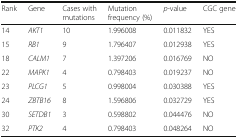
<table><thead><tr><td><b>Rank</b></td><td><b>Gene</b></td><td><b>Cases with mutations</b></td><td><b>Mutation frequency (%)</b></td><td><b><i>p</i>-value</b></td><td><b>CGC gene</b></td></tr></thead><tbody><tr><td>14</td><td><i>AKT1</i></td><td>10</td><td>1.996008</td><td>0.011832</td><td>YES</td></tr><tr><td>15</td><td><i>RB1</i></td><td>9</td><td>1.796407</td><td>0.012938</td><td>YES</td></tr><tr><td>18</td><td><i>CALM1</i></td><td>7</td><td>1.397206</td><td>0.016769</td><td>NO</td></tr><tr><td>22</td><td><i>MAPK1</i></td><td>4</td><td>0.798403</td><td>0.019237</td><td>NO</td></tr><tr><td>23</td><td><i>PLCG1</i></td><td>5</td><td>0.998004</td><td>0.030388</td><td>YES</td></tr><tr><td>24</td><td><i>ZBTB16</i></td><td>8</td><td>1.596806</td><td>0.032729</td><td>YES</td></tr><tr><td>30</td><td><i>SETDB1</i></td><td>3</td><td>0.598802</td><td>0.044476</td><td>NO</td></tr><tr><td>32</td><td><i>PTK2</i></td><td>4</td><td>0.798403</td><td>0.048264</td><td>NO</td></tr></tbody></table>